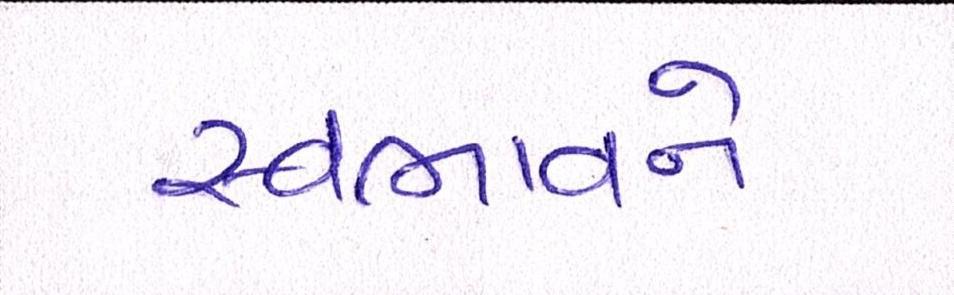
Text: સ્વભાવને